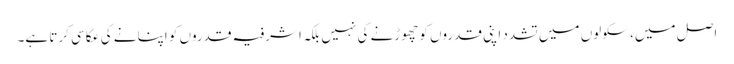
اصل میں، سکولوں میں تشدد اپنی قدروں کو چھوڑنے کی نہیں بلکہ اشرفیہ قدروں کو اپنانے کی عکاسی کرتا ہے۔